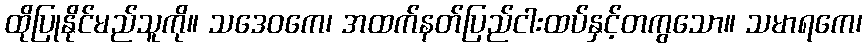
ထိုပြုနိုင်မည်သူကို။ သဒေဝကေ၊ အထက်နတ်ပြည်ငါးထပ်နှင့်တကွသော။ သမာရကေ၊